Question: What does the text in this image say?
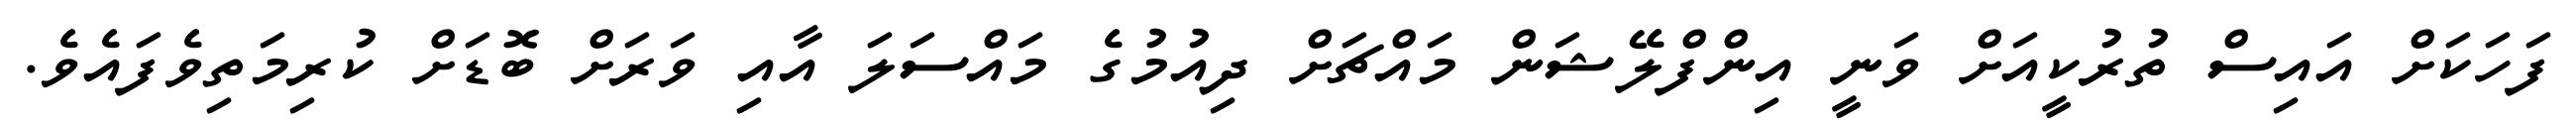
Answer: ފަހަކަށް އައިސް ތުރުކީއަށް ވަނީ އިންފްލޭޝަން މައްޗަށް ދިއުމުގެ މައްސަލަ އާއި ވަރަށް ބޮޑަށް ކުރިމަތިވެފައެވެ.